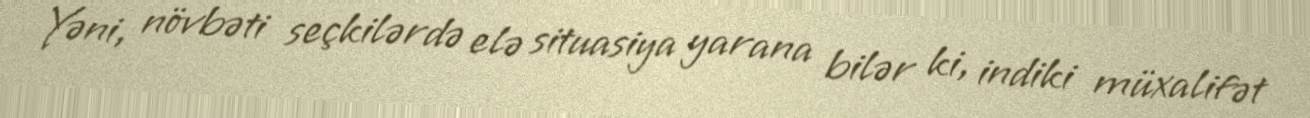
Yəni, növbəti seçkilərdə elə situasiya yarana bilər ki, indiki müxalifət